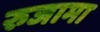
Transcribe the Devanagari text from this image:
रुजामा